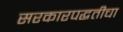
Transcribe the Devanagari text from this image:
सरकारपद्धतीचा